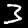
Digit: 3